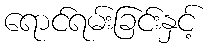
ရောင်ရမ်းခြင်းနှင့်